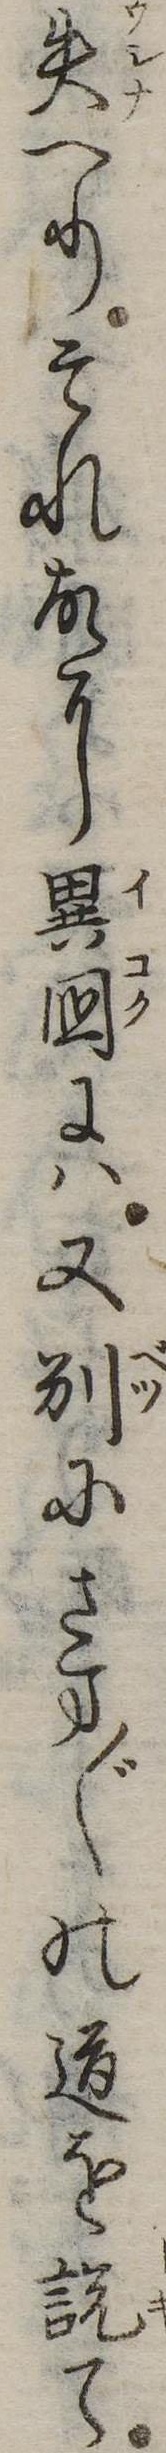
失へりそれ故に異国には又別にさま〲の道を説て